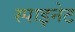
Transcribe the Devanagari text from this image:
स्पाइनेट